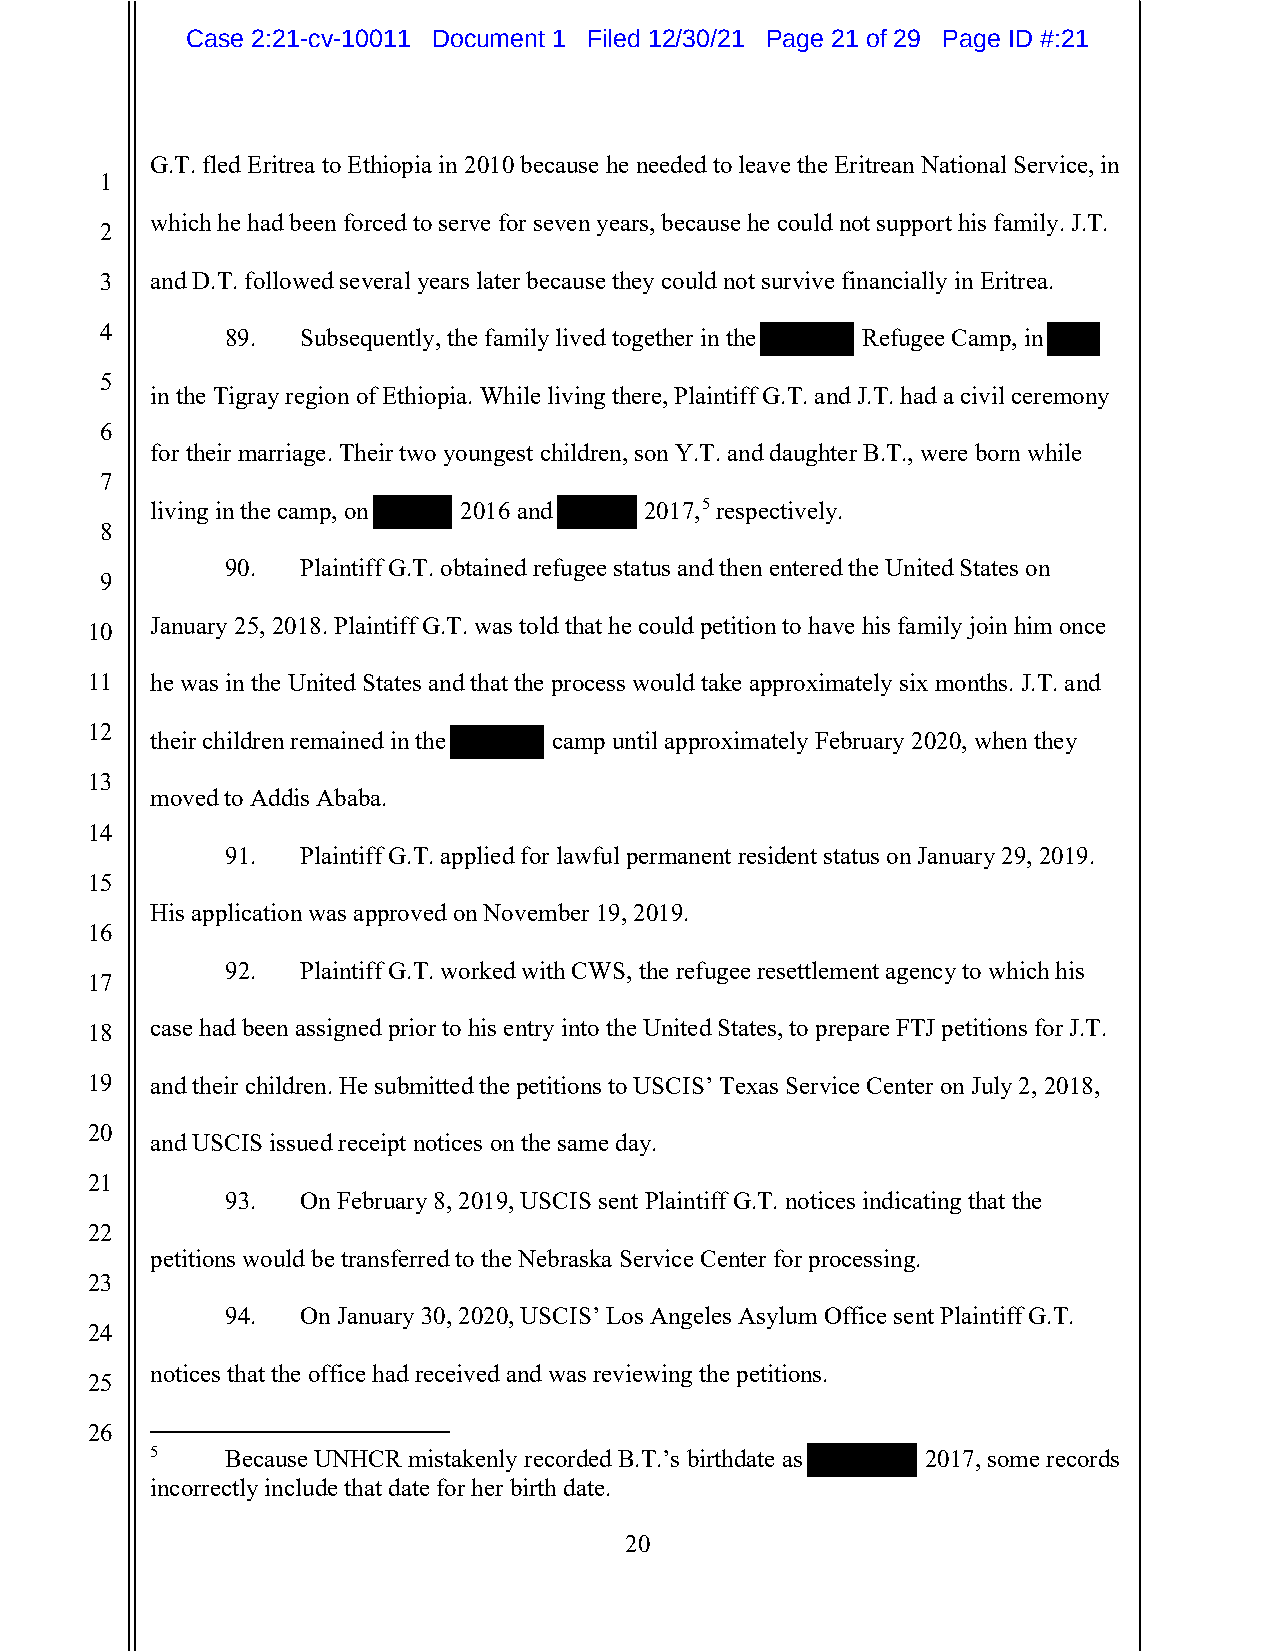
Case 2:21-cv-10011 Document 1 Filed 12/30/21 Page 21 of 29 Page ID #:21
 G.T. fled Eritrea to Ethiopia in 2010 because he needed to leave the Eritrean National Service, in
 1
 which he had been forced to serve for seven years, because he could not support his family. J.T.
 2
 3  and D.T. followed several years later because they could not survive financially in Eritrea.
 4       89.  Subsequently, the family lived together in the Refugee Camp, in
 5
 in the Tigray region of Ethiopia. While living there, Plaintiff G.T. and J.T. had a civil ceremony
 6
 for their marriage. Their two youngest children, son Y.T. and daughter B.T., were born while
 7
 living in the camp, on 2016 and  2017,5 respectively.
 8
 90.  Plaintiff G.T. obtained refugee status and then entered the United States on
 9
 January 25, 2018. Plaintiff G.T. was told that he could petition to have his family join him once
 10
 11  he was in the United States and that the process would take approximately six months. J.T. and
 12
 their children remained in the camp until approximately February 2020, when they
 13
 moved to Addis Ababa.
 14
 91.  Plaintiff G.T. applied for lawful permanent resident status on January 29, 2019.
 15
 His application was approved on November 19, 2019.
 16
 92.  Plaintiff G.T. worked with CWS, the refugee resettlement agency to which his
 17
 18  case had been assigned prior to his entry into the United States, to prepare FTJ petitions for J.T.
 19  and their children. He submitted the petitions to USCIS’ Texas Service Center on July 2, 2018,
 20
 and USCIS issued receipt notices on the same day.
 21
 93.  On February 8, 2019, USCIS sent Plaintiff G.T. notices indicating that the
 22
 petitions would be transferred to the Nebraska Service Center for processing.
 23
 94.  On January 30, 2020, USCIS’ Los Angeles Asylum Office sent Plaintiff G.T.
 24
 notices that the office had received and was reviewing the petitions.
 25
 26
 5    Because UNHCR mistakenly recorded B.T.’s birthdate as 2017, some records
 incorrectly include that date for her birth date.
 20